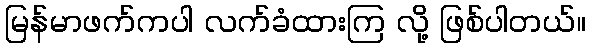
မြန်မာဖက်ကပါ လက်ခံထားကြ လို့ ဖြစ်ပါတယ်။